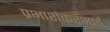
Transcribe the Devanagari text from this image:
प्रभाशंकरभाई